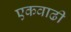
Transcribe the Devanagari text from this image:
एकवाढी